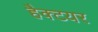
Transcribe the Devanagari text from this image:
हैक्टयर